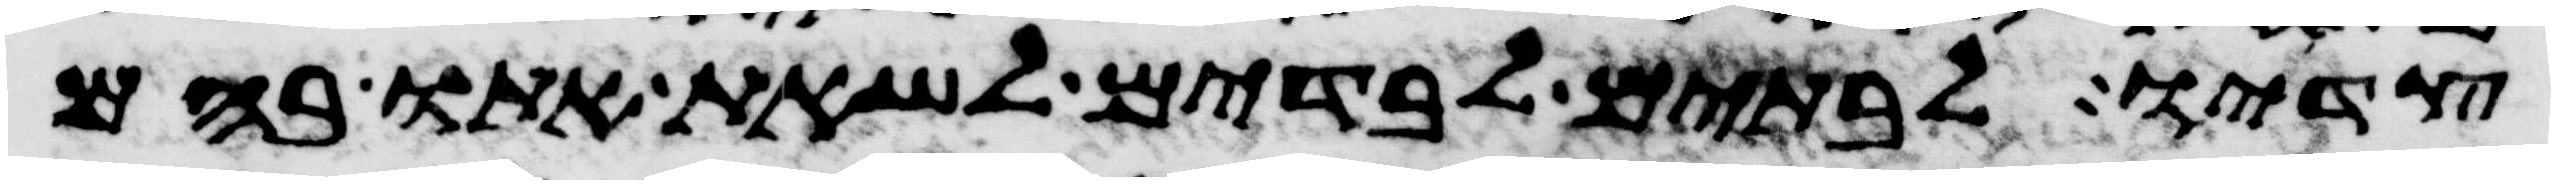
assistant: צדיו לבתים לבדים לשאת אתו בהם